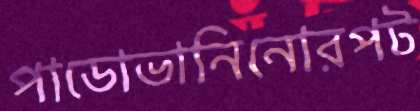
পাডোভানিনোরপট